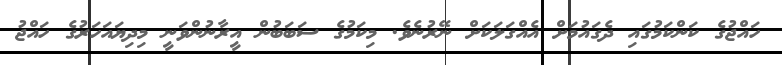
ހައްޖުގެ ކަންކަމުގައި ދެގައުމަށް އެއްގަލަކަށް ނޭރުނެވެ. މިކަމުގެ ސަބަބުން އީރާނުންވަނީ މިދިޔައަހަރުގެ ހައްޖު